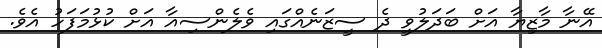
އޭނާ މާޒިޔާ އަށް ބަދަލުވީ ދެ ސީޒަނެއްގައި ވެލެންސިއާ އަށް ކުޅުމަފަހު އެވެ.